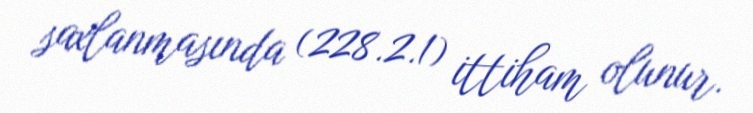
saxlanmasında (228.2.1) ittiham olunur.